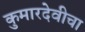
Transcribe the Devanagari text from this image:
कुमारदेवीचा